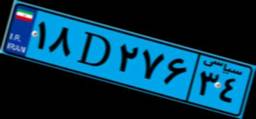
۶۵D۷۳۷۵۵